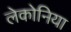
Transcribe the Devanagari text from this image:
लेकोनिया